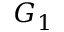
G _ { 1 }